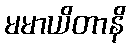
မမာယိတာနိ